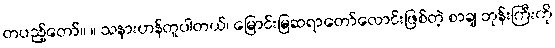
တပည့်တော်။ ။ သနားဟန်တူပါတယ်၊ မြောင်းမြဆရာတော်လောင်းဖြစ်တဲ့ စာချ ဘုန်းကြီးကို